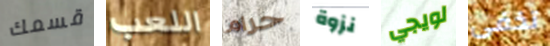
قسمك اللعب حرام نزوة لويجي تخفى